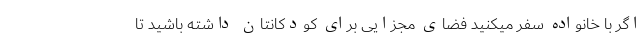
اگر با خانواده سفر میکنید فضای مجزایی برای کودکانتان داشته باشید تا